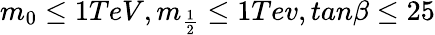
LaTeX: m_{0}\leq 1TeV,m_{\frac{1}{2}}\leq 1Tev,tan\beta\leq 25